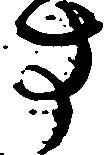
す